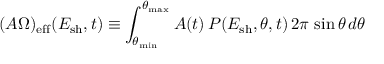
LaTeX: ( A \Omega ) _ { \mathrm { e f f } } ( E _ { \mathrm { s h } } , t ) \equiv \int _ { \theta _ { \mathrm { m i n } } } ^ { \theta _ { \mathrm { m a x } } } A ( t ) \, { \cal P } ( E _ { \mathrm { s h } } , \theta , t ) \, 2 \pi \, \sin \theta \, d \theta